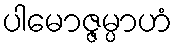
ပါမောဇ္ဇမ္ပာဟံ